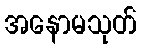
အနောမသုတ်